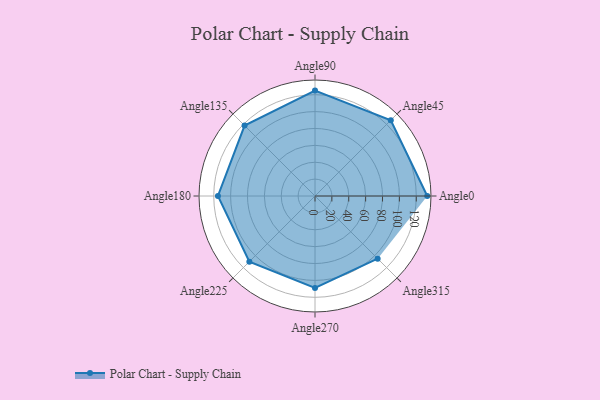
{"axis": {"x": "Angle", "y": "Radius"}, "legend": [""], "data": [{"x": "Angle0", "y": 133.0, "type": ""}, {"x": "Angle45", "y": 127.0, "type": ""}, {"x": "Angle90", "y": 125.0, "type": ""}, {"x": "Angle135", "y": 118.0, "type": ""}, {"x": "Angle180", "y": 115.0, "type": ""}, {"x": "Angle225", "y": 110.0, "type": ""}, {"x": "Angle270", "y": 109.0, "type": ""}, {"x": "Angle315", "y": 105.0, "type": ""}]}